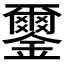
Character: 𨮪